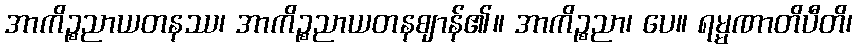
အာကိဉ္စညာယတနဿ၊ အာကိဉ္စညာယတနဈာန်၏။ အာကိဉ္စညာ၊ ပေ။ ရမ္မဏာတိပီတိ၊